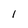
Character: 1